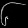
Digit: ၆